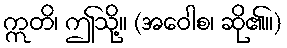
ဣတိ၊ ဤသို့။ (အဝေါစ၊ ဆို၏။)